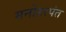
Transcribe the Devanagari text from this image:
मनोहरपंत